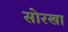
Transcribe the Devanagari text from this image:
सोरखा